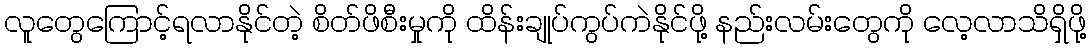
လူတွေကြောင့်ရလာနိုင်တဲ့ စိတ်ဖိစီးမှုကို ထိန်းချုပ်ကွပ်ကဲနိုင်ဖို့ နည်းလမ်းတွေကို လေ့လာသိရှိဖို့